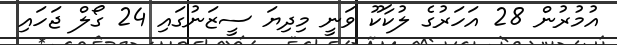
އުމުރުން 28 އަހަރުގެ ލުކާކޫ ވަނީ މިދިޔަ ސީޒަނުގައި 24 ގޯލް ޖަހައި